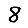
Digit: 8